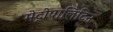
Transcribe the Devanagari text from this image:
मेट्रोपालिटिन